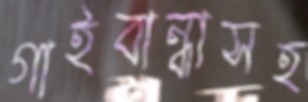
গাইবান্ধাসহ